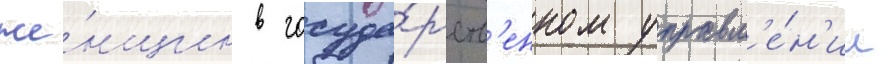
же́нщин в госуда́рств'енном управл'е́н'ии